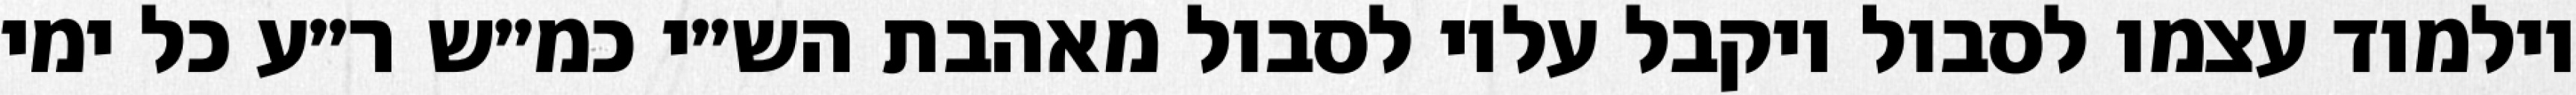
וילמוד עצמו לסבול ויקבל עליו לסבול מאהבת הש״י כמ״ש ר״ע כל ימי